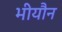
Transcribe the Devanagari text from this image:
भीयौन